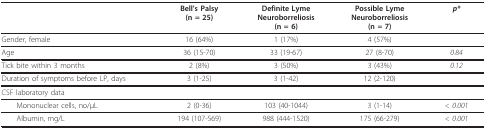
|  | Bell's Palsy(n = 25) | Definite LymeNeuroborreliosis(n = 6) | Possible LymeNeuroborreliosis(n = 7) | p* |
 | --- | --- | --- | --- | --- |
 | Gender, female | 16 (64%) | 1 (17%) | 4 (57%) |  |
 | Age | 36 (15-70) | 33 (19-67) | 27 (8-70) | 0.84 |
 | Tick bite within 3 months | 2 (8%) | 3 (50%) | 3 (43%) | 0.12 |
 | Duration of symptoms before LP, days | 3 (1-25) | 3 (1-42) | 12 (2-120) |  |
 | CSF laboratory data |  |  |  |  |
 | Mononuclear cells, no/μL | 2 (0-36) | 103 (40-1044) | 3 (1-14) | < 0.001 |
 | Albumin, mg/L | 194 (107-569) | 988 (444-1520) | 175 (66-279) | < 0.001 |